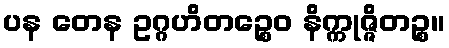
ပန တေန ဥဂ္ဂဟိတဉ္စေဝ နိက္ကုဇ္ဇိတဉ္စ။